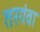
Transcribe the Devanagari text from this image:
तरगंवा